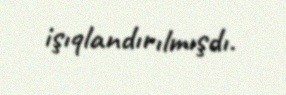
işıqlandırılmışdı.